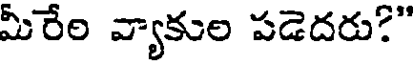
మీరేల వ్యాకుల పడెదరు?"